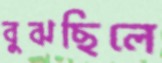
বুঝছিলে